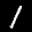
Label: 1